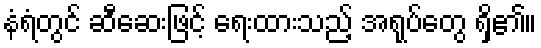
နံရံတွင် ဆီဆေးဖြင့် ရေးထားသည့် အရုပ်တွေ ရှိ၏။